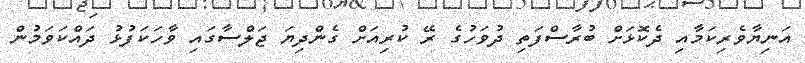
އަނިޔާވެރިކަމާއި ދެކޮޅަށް ބުރާސްފަތި ދުވަހުގެ ރޭ ކުރިއަށް ގެންދިޔަ ޖަލްސާގައި ވާހަކަފުޅު ދައްކަވަމުން